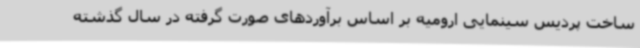
ساخت پردیس سینمایی ارومیه بر اساس برآوردهای صورت گرفته در سال گذشته